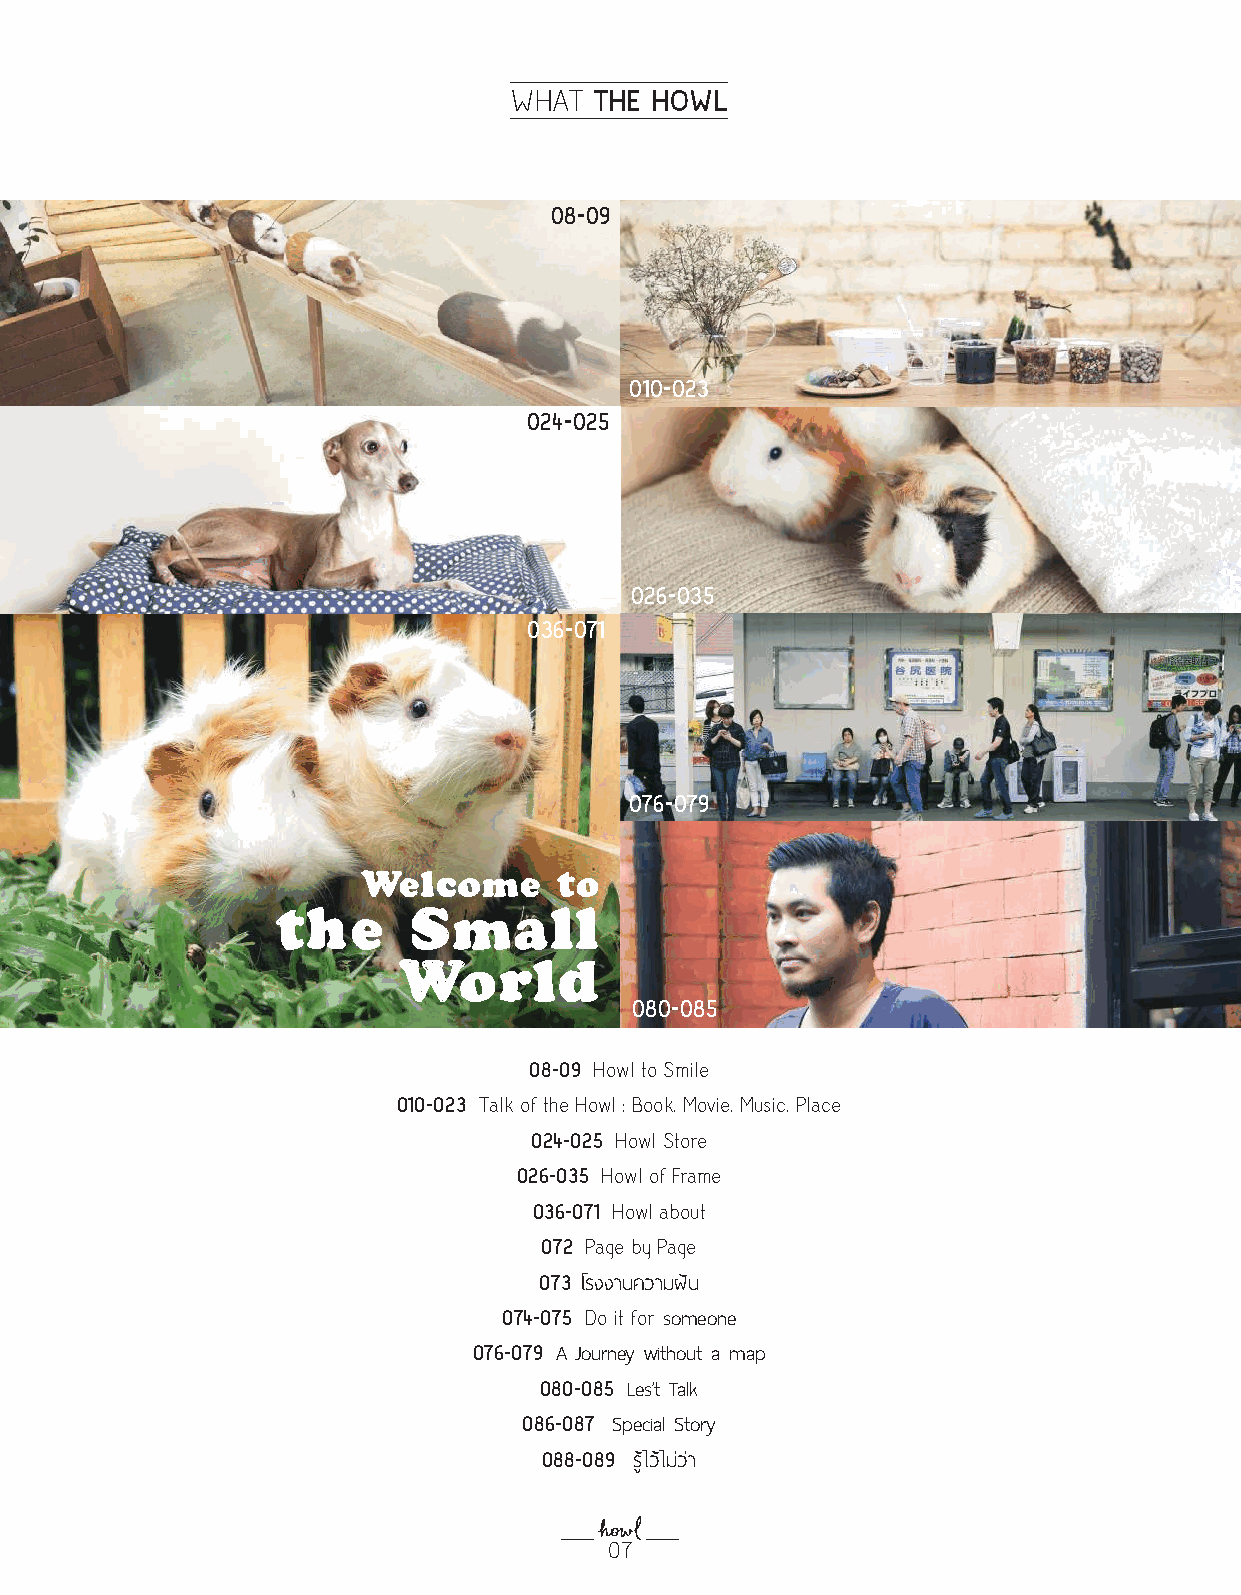
THE HOWL
 WHAT
 08-09
 010-023
 024-025
 026-035
 036-071
 076-079
 080-085
 08-09 Howl to Smile
 010-023 Talk of the Howl : Book, Movie, Music, Place
 024-025 Howl Store
 026-035 Howl of Frame
 036-071 Howl about
 072 Page by Page
 073 โรงงานความฝัน
 074-075 Do it for someone
 076-079 A Journey without a map
 080-085 Les’t Talk
 086-087 Special Story
 088-089 รูไ้ วไ้ มว่ า่
 07